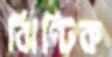
ঝিণ্টিক